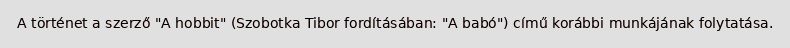
A történet a szerző "A hobbit" (Szobotka Tibor fordításában: "A babó") című korábbi munkájának folytatása.